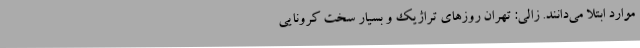
موارد ابتلا می‌دانند. زالی: تهران روزهای تراژیک و بسیار سخت کرونایی